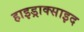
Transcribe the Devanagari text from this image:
हाइड्राक्साइद